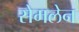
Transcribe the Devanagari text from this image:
सेमलेन